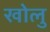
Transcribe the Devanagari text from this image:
खोलु